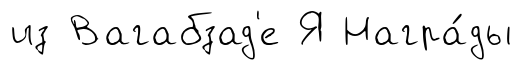
из Вагабзад'е Я Награ́ды